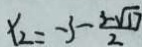
x _ { 2 } = - 3 - \frac { 3 - \sqrt { 1 7 } } { 2 }